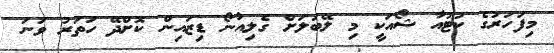
މިފަހަރުގެ ކުޓުއާ ޝޯއަކީ މި ލޭބަލަށް ގެލިއާނޯ ޑިޒައިން ކޮށްދޭ ހަތަރު ވަނަ